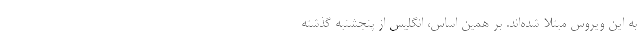
به این ویروس مبتلا شده‌اند. بر همین اساس، انگلیس از پنجشنبه گذشته